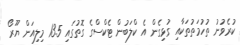
ކުރެވުނު ތުހުމަތުތަކާއި ގުޅިގެން އެ ކްލަބުން ޓެކްސްގެ ގޮތުގައި 13.5 މިލިއަން ޔޫރޯ